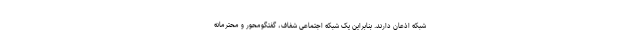
شبکه اذعان دارند. بنابراین یک شبکه اجتماعی شفاف، گفتگومحور و محترمانه